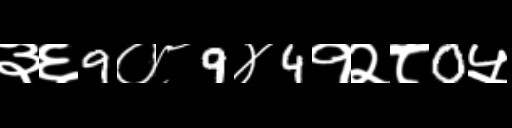
Text: ३६9०८9४4१२८0५